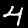
Digit: 4